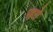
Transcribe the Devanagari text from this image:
पहरो